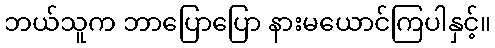
ဘယ်သူက ဘာပြောပြော နားမယောင်ကြပါနှင့်။